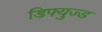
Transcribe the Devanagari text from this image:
डिफ्युज्ड